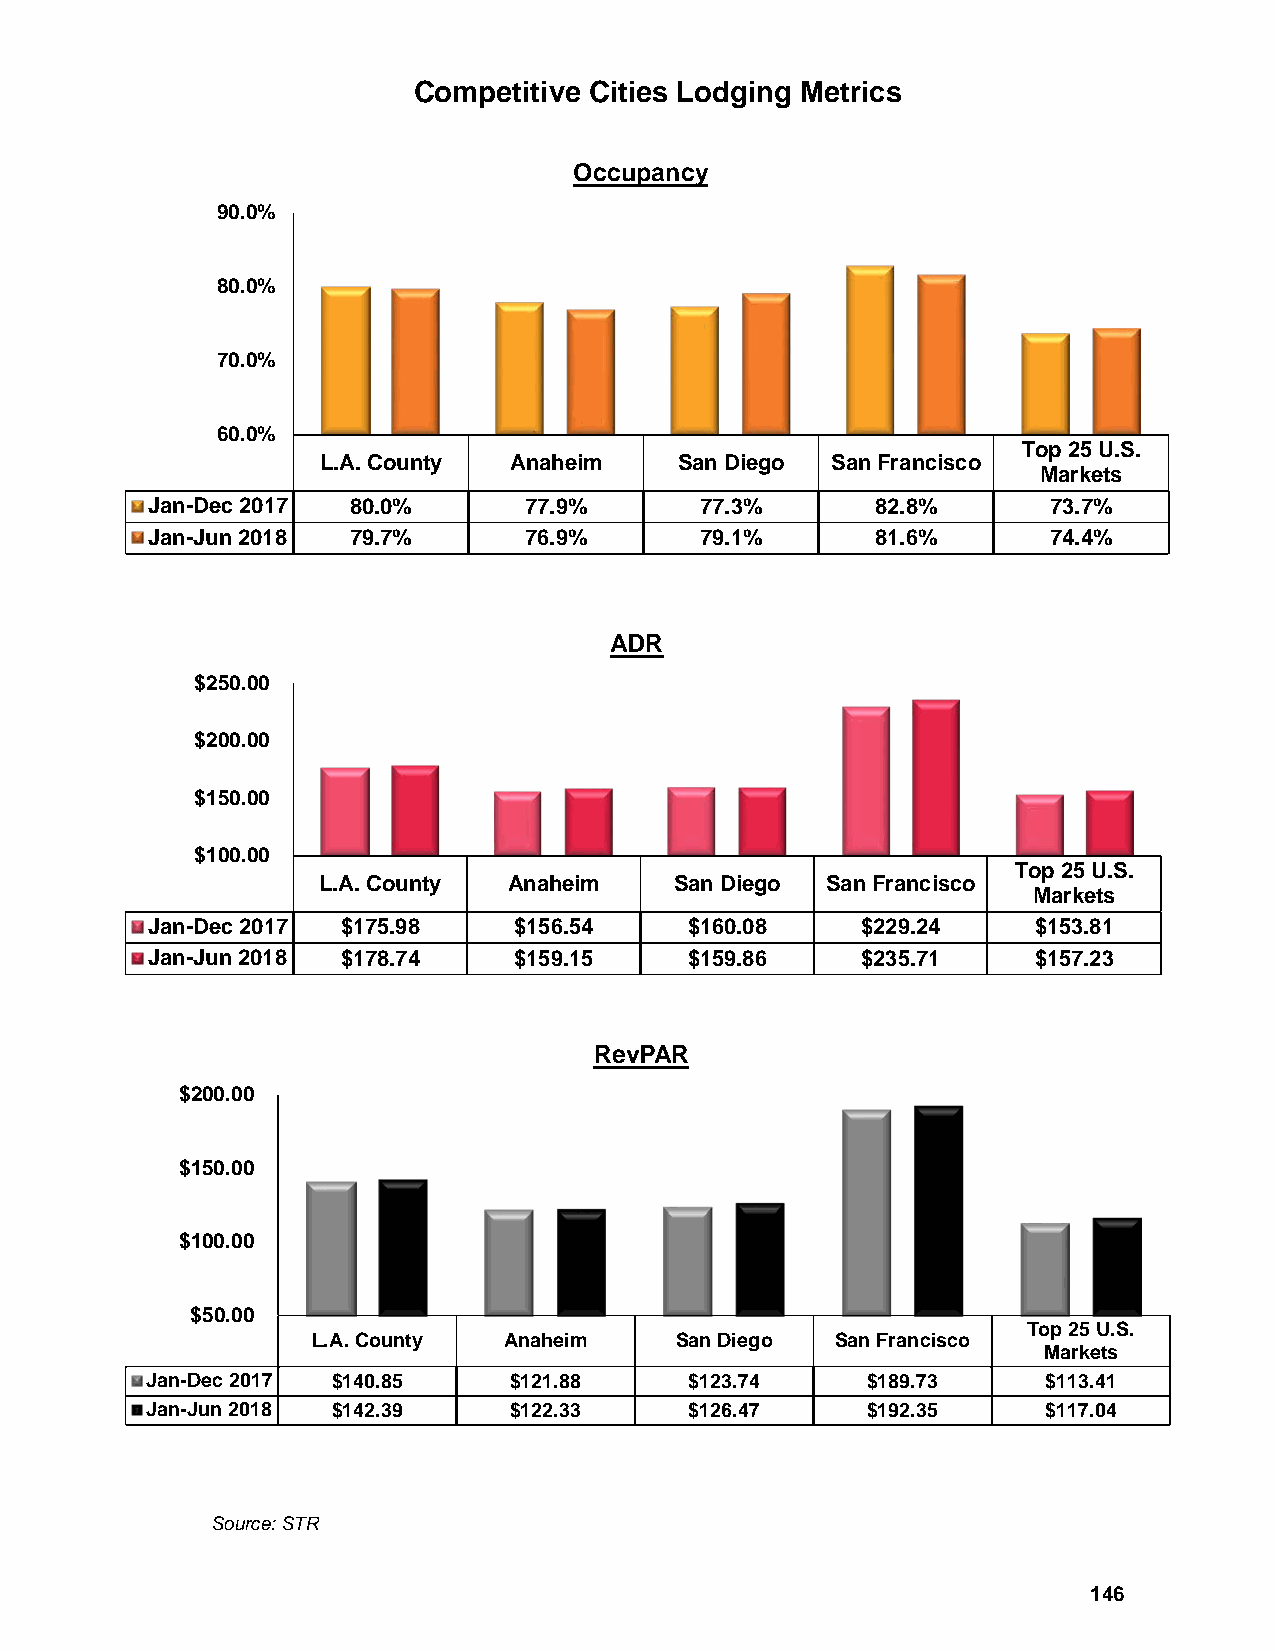
Competitive Cities Lodging Metrics
 Occupancy
 90.0%
 80.0%
 70.0%
 60.0%
 Top 25 U.S.
 L.A. County  Anaheim    San Diego San Francisco
 Markets
 Jan-Dec 2017 80.0%       77.9%      77.3%       82.8%       73.7%
 Jan-Jun 2018 79.7%       76.9%      79.1%       81.6%       74.4%
 ADR
 $250.00
 $200.00
 $150.00
 $100.00
 Top 25 U.S.
 L.A. County  Anaheim    San Diego San Francisco
 Markets
 Jan-Dec 2017 $175.98    $156.54     $160.08    $229.24    $153.81
 Jan-Jun 2018 $178.74    $159.15     $159.86    $235.71    $157.23
 Rev PAR
 $200.00
 $150.00
 $100.00
 $50.00
 Top 25 U.S.
 L.A. County Anaheim     San Diego San Francisco
 Markets
 Jan-Dec 2017 $140.85    $121.88     $123.74    $189.73     $113.41
 Jan-Jun 2018 $142.39    $122.33     $126.47    $192.35     $117.04
 Source: STR
 146